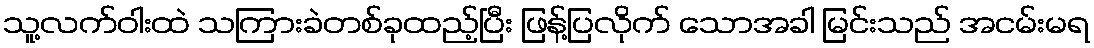
သူ့လက်ဝါးထဲ သကြားခဲတစ်ခုထည့်ပြီး ဖြန့်ပြလိုက် သောအခါ မြင်းသည် အငမ်းမရ